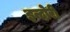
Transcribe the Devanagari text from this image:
इन्दोरी